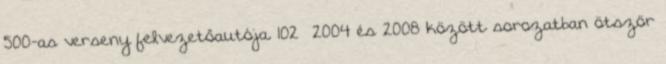
500-as verseny felvezetőautója. 102 2004 és 2008 között sorozatban ötször